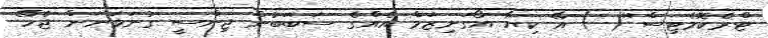
ޓްރެކޮމެޓިސް''( ) އޭ ކިޔާ އޯގަނިޒަމް އެއްގެ ސަބަބުން ޖިންސީ ގުނަވަނަން ޖެހޭ